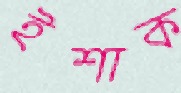
ইশাক